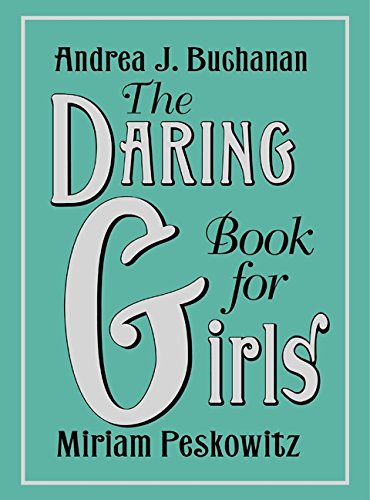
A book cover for The Daring Book for Girls; Andrea J. Buchanan; Sports & Outdoors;